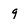
Character: 9